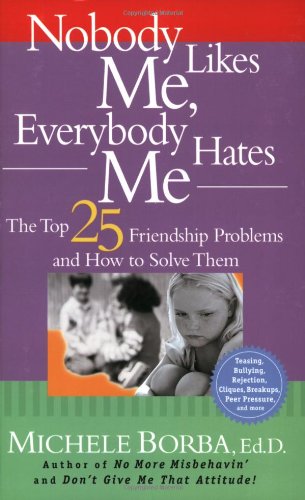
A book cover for Nobody Likes Me, Everybody Hates Me: The Top 25 Friendship Problems and How to Solve Them; Michele Borba; Self-Help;